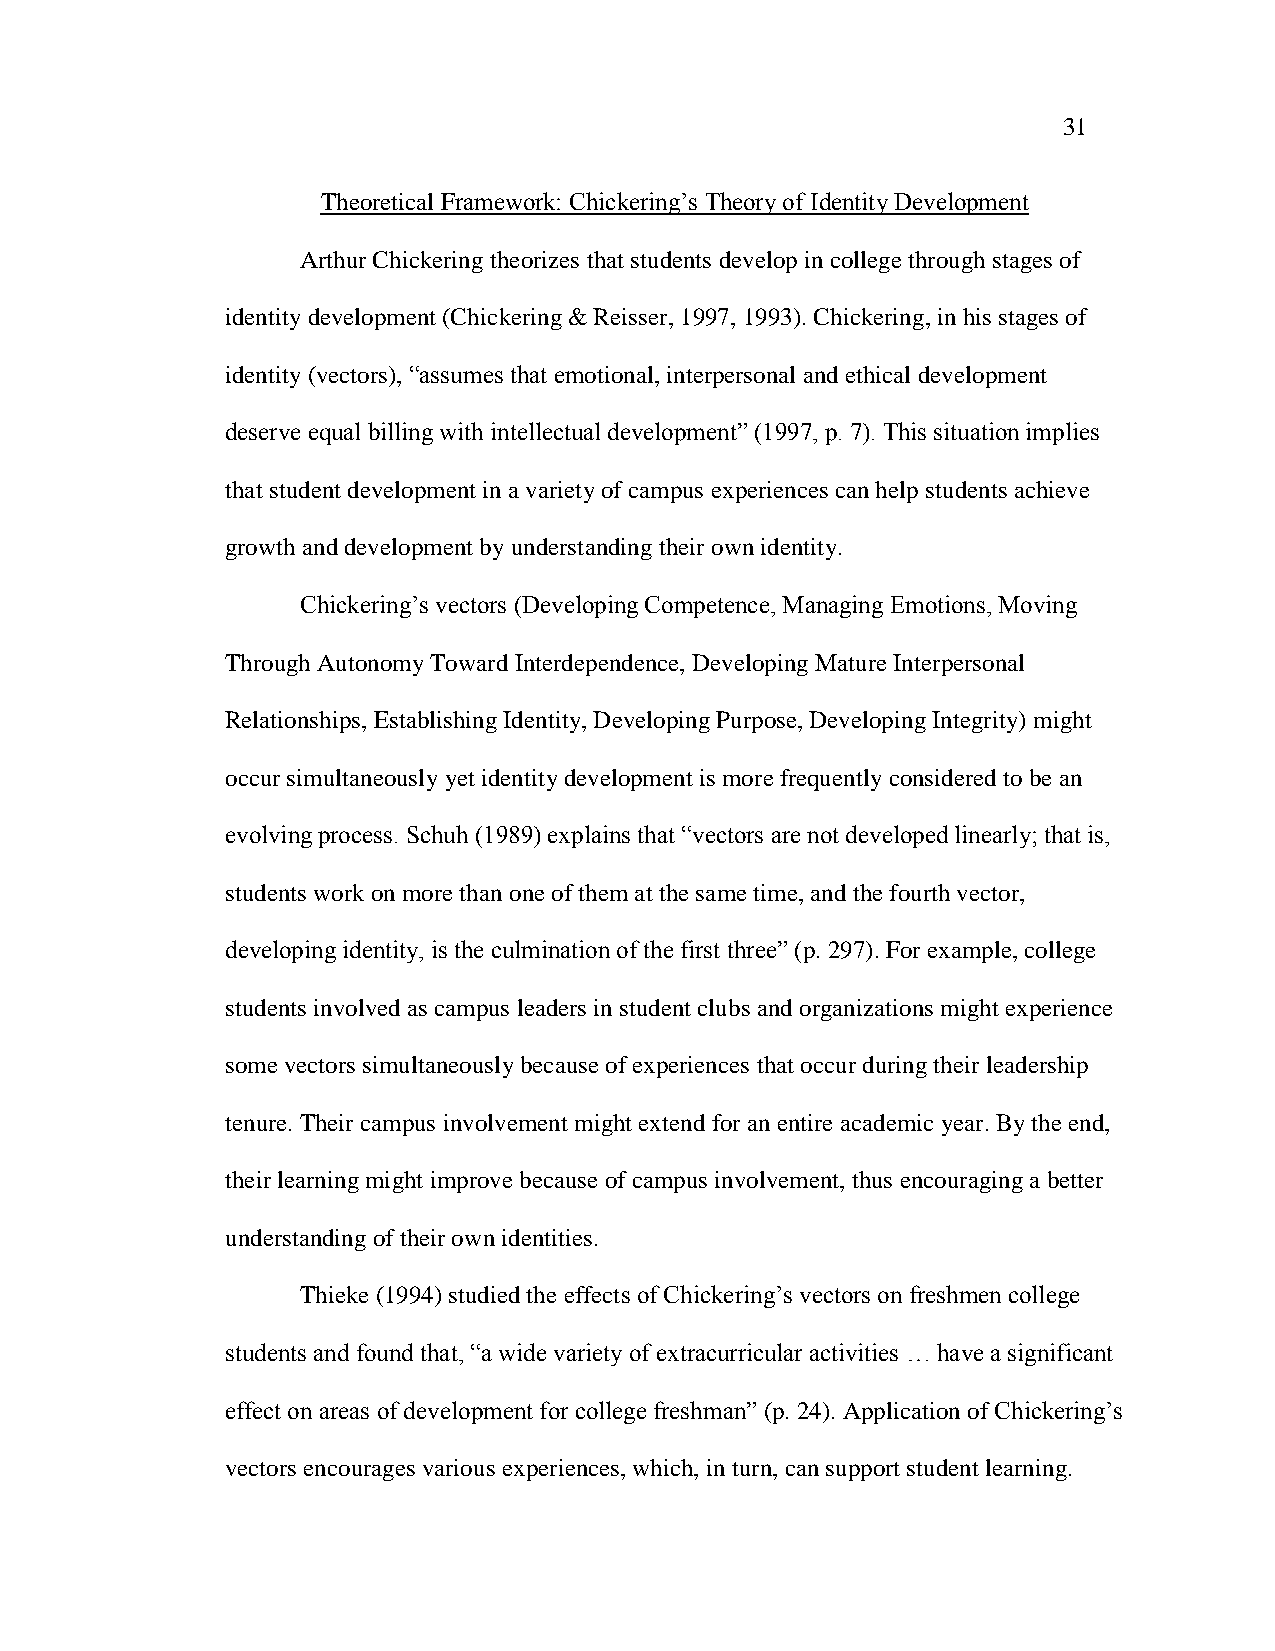
31
 Theoretical Framework: Chickering‘s Theory of Identity Development
 Arthur Chickering theorizes that students develop in college through stages of
 identity development (Chickering & Reisser, 1997, 1993). Chickering, in his stages of
 identity (vectors), ―assumes that emotional, interpersonal and ethical development
 deserve equal billing with intellectual development‖ (1997, p. 7). This situation implies
 that student development in a variety of campus experiences can help students achieve
 growth and development by understanding their own identity.
 Chickering‘s vectors (Developing Competence, Managing Emotions, Moving
 Through Autonomy Toward Interdependence, Developing Mature Interpersonal
 Relationships, Establishing Identity, Developing Purpose, Developing Integrity) might
 occur simultaneously yet identity development is more frequently considered to be an
 evolving process. Schuh (1989) explains that ―vectors are not developed linearly; that is,
 students work on more than one of them at the same time, and the fourth vector,
 developing identity, is the culmination of the first three‖ (p. 297). For example, college
 students involved as campus leaders in student clubs and organizations might experience
 some vectors simultaneously because of experiences that occur during their leadership
 tenure. Their campus involvement might extend for an entire academic year. By the end,
 their learning might improve because of campus involvement, thus encouraging a better
 understanding of their own identities.
 Thieke (1994) studied the effects of Chickering‘s vectors on freshmen college
 students and found that, ―a wide variety of extracurricular activities … have a significant
 effect on areas of development for college freshman‖ (p. 24). Application of Chickering‘s
 vectors encourages various experiences, which, in turn, can support student learning.